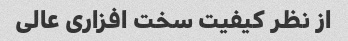
از نظر کیفیت سخت افزاری عالی